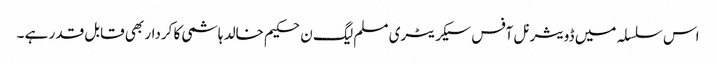
اس سلسلہ میں ڈویثرنل آفس سیکریٹری مسلم لیگ ن حکیم خالد ہاشمی کا کردار بھی قابل قدر ہے ۔